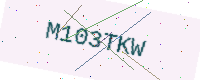
Text: M103TKW